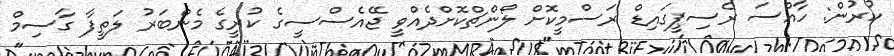
ކުރުން: ހާއްސަ ރެސިޕީގައިޑް ރަސްމީކޮށް ލޯންޗްކޮށްދެއްވީ ޖޭއެސްސީގެ ކުރީގެ މެންބަރު ލަތީފާ ގާސިމް